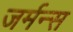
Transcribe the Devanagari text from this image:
जर्मन्स